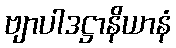
ဗျာပါဒဋ္ဌာနိယာနံ